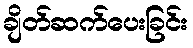
ချိတ်ဆက်ပေးခြင်း